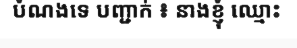
បំណងទេ បញ្ជាក់ ៖ នាងខ្ញុំ ឈ្មោះ